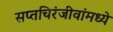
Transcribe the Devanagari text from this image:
सप्तचिरंजीवांमध्ये